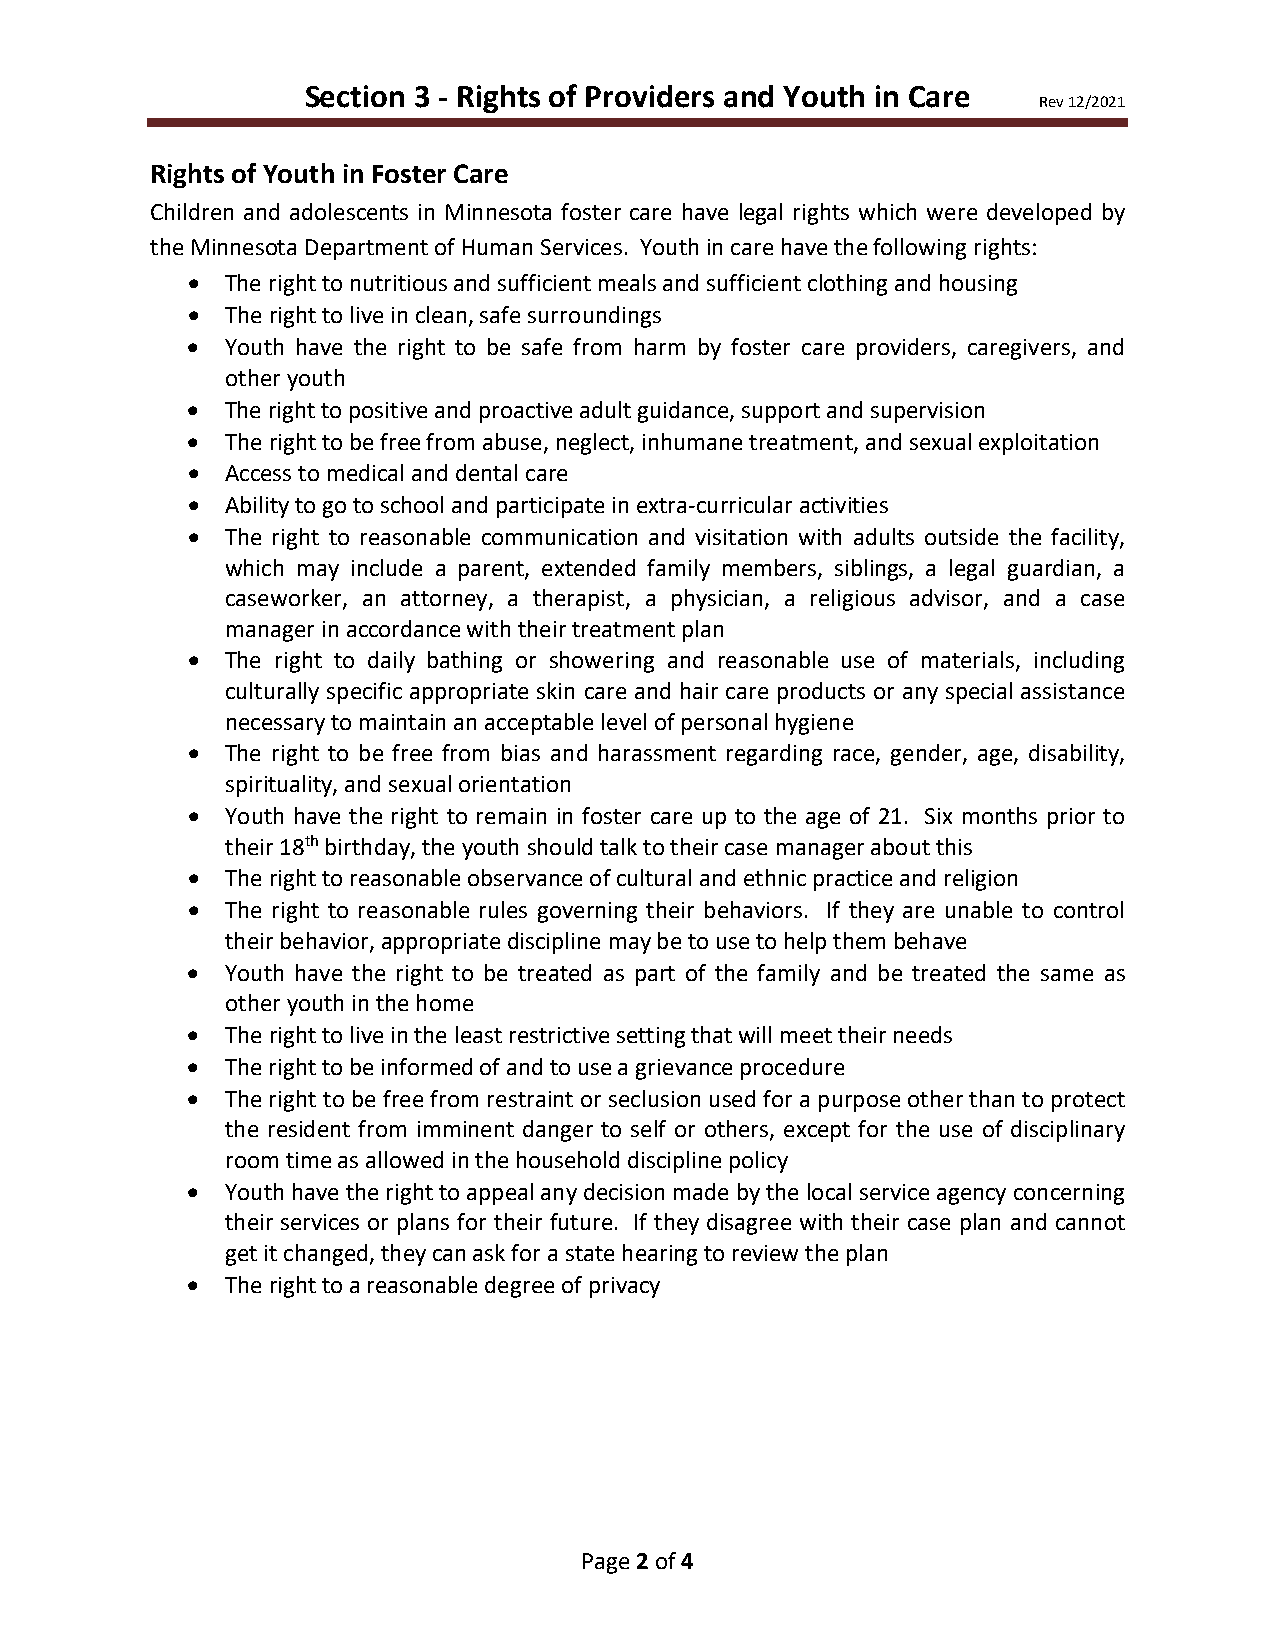
Section 3 - Rights of Providers and Youth in Care
 Rev 12/2021
 Rights of Youth in Foster Care
 Children and adolescents in Minnesota foster care have legal rights which were developed by
 the Minnesota Department of Human Services. Youth in care have the following rights:
 •  The right to nutritious and sufficient meals and sufficient clothing and housing
 •  The right to live in clean, safe surroundings
 •  Youth have the right to be safe from harm by foster care providers, caregivers, and
 other youth
 •  The right to positive and proactive adult guidance, support and supervision
 •  The right to be free from abuse, neglect, inhumane treatment, and sexual exploitation
 •  Access to medical and dental care
 •  Ability to go to school and participate in extra-curricular activities
 •  The right to reasonable communication and visitation with adults outside the facility,
 which may include a parent, extended family members, siblings, a legal guardian, a
 caseworker, an attorney, a therapist, a physician, a religious advisor, and a case
 manager in accordance with their treatment plan
 •  The right to daily bathing or showering and reasonable use of materials, including
 culturally specific appropriate skin care and hair care products or any special assistance
 necessary to maintain an acceptable level of personal hygiene
 •  The right to be free from bias and harassment regarding race, gender, age, disability,
 spirituality, and sexual orientation
 •  Youth have the right to remain in foster care up to the age of 21. Six months prior to
 their 18th birthday, the youth should talk to their case manager about this
 •  The right to reasonable observance of cultural and ethnic practice and religion
 •  The right to reasonable rules governing their behaviors. If they are unable to control
 their behavior, appropriate discipline may be to use to help them behave
 •  Youth have the right to be treated as part of the family and be treated the same as
 other youth in the home
 •  The right to live in the least restrictive setting that will meet their needs
 •  The right to be informed of and to use a grievance procedure
 •  The right to be free from restraint or seclusion used for a purpose other than to protect
 the resident from imminent danger to self or others, except for the use of disciplinary
 room time as allowed in the household discipline policy
 •  Youth have the right to appeal any decision made by the local service agency concerning
 their services or plans for their future. If they disagree with their case plan and cannot
 get it changed, they can ask for a state hearing to review the plan
 •  The right to a reasonable degree of privacy
 Page 2 of 4